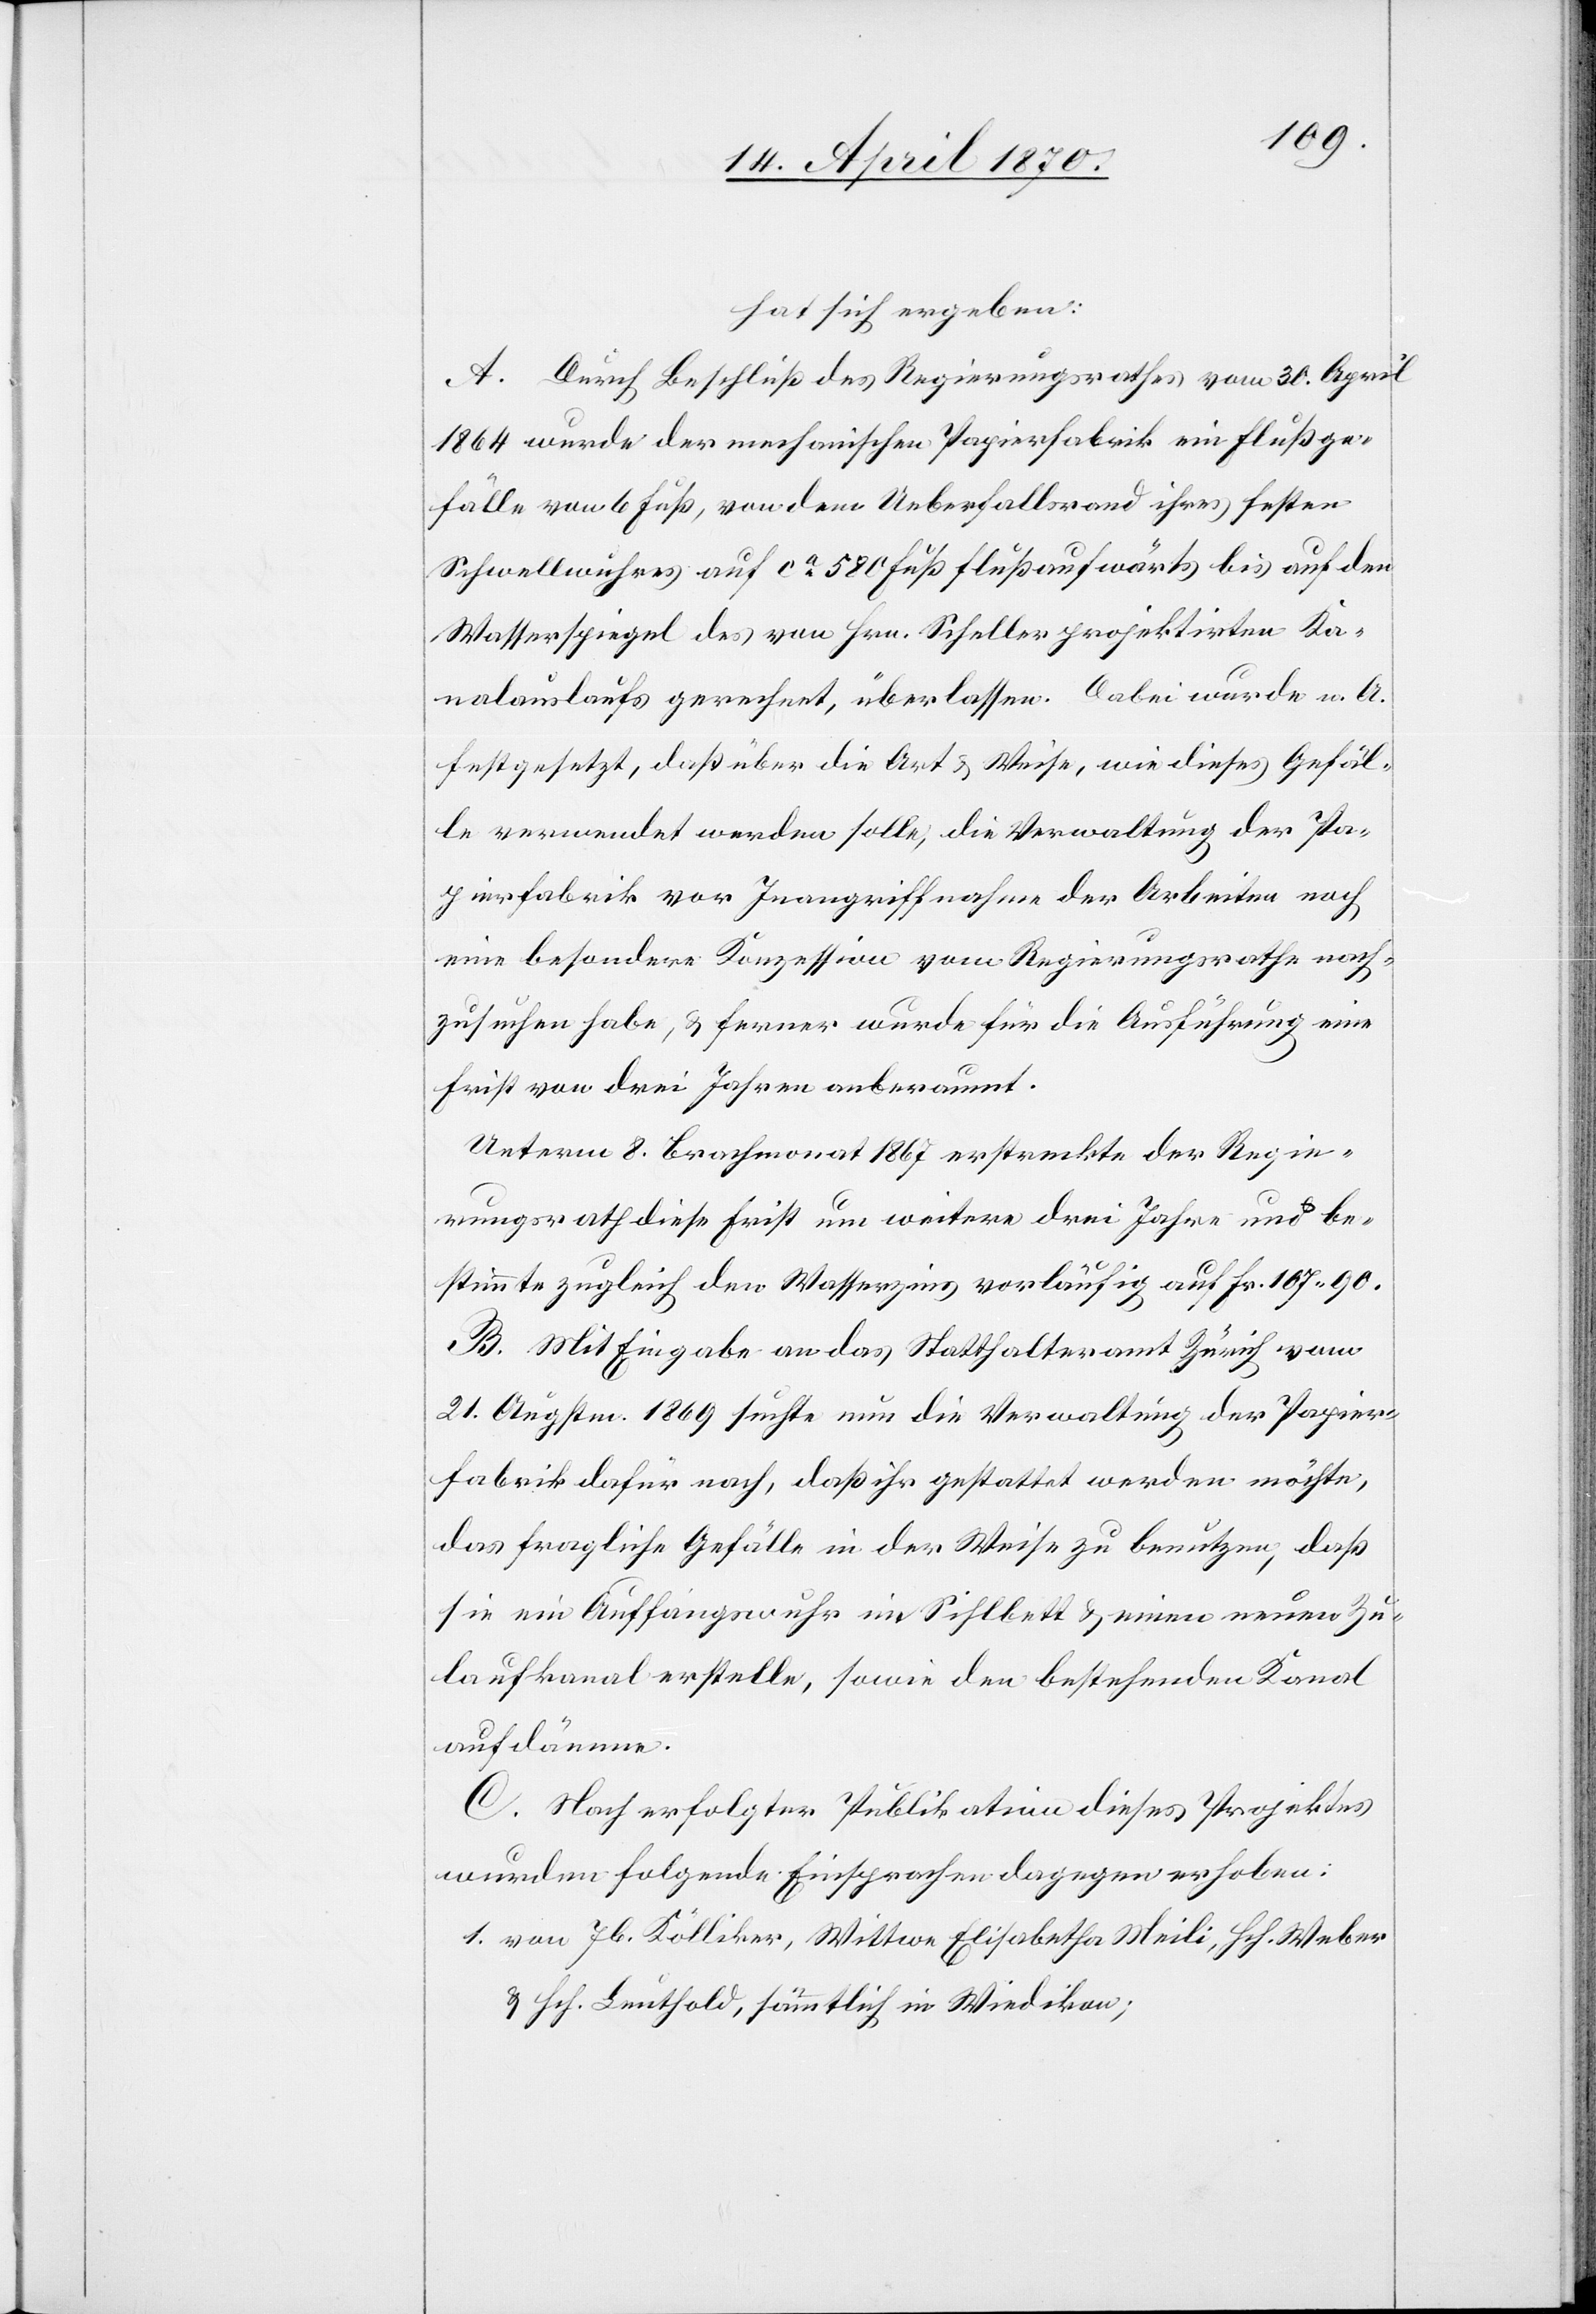
hat sich ergeben:
A. Durch Beschluß des Regierungsrathes vom 30. April
1864 wurde der mechanischen Papierfabrik ein Flußge¬
fälle von 6 Fuß, von dem Ueberfallsrand ihres festen
Schwellwuhres auf ca 580 Fuß flußaufwärts bis auf den
Wasserspiegel des von Hrn. Scheller projektirten Ka¬
nalauslaufs gerechnet, überlassen. Dabei wurde u. A.
festgesetzt, daß über die Art & Weise, wie dieses Gefäl¬
le verwendet werden solle, die Verwaltung der Pa¬
pierfabrik vor Inangriffnahme der Arbeiten noch
eine besondere Konzession vom Regierungsrathe nach¬
zusuchen habe, & ferner wurde für die Ausführung eine
Frist von drei Jahren anberaumt.
Unterm 8. Brachmonat 1867 erstreckte der Regie¬
rungsrath diese Frist um weitere drei Jahre und be¬
stimmte zugleich den Wasserzins vorläufig auf Fr. 107.90.
B. Mit Eingabe an das Statthalteramt Zürich vom
21. Augstm. 1869 suchte nun die Verwaltung der Papier¬
fabrik dafür nach, daß ihr gestattet werden möchte,
das fragliche Gefälle in der Weise zu benutzen, daß
sie ein Auffangswuhr im Sihlbett & einen neuen Zu¬
laufkanal erstelle, sowie den bestehenden Kanal
aufdämme.
C. Nach erfolgter Publikation dieses Projektes
wurden folgende Einsprachen dagegen erhoben:
1. von Jb. Kölliker, Wittwe Elisabetha Meili, Hch. Weber
& Hch. Leuthold, sämmtlich in Wiedikon;